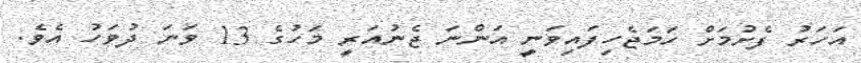
އަހަރު ފެށުމަށް ހަމަޖެހިފައިވަނީ އަންނަ ޖެނުއަރީ މަހުގެ 13 ވަނަ ދުވަހު އެވެ.